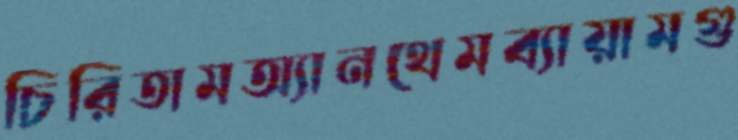
চিরিতামঅ্যানথেমব্যায়ামগু